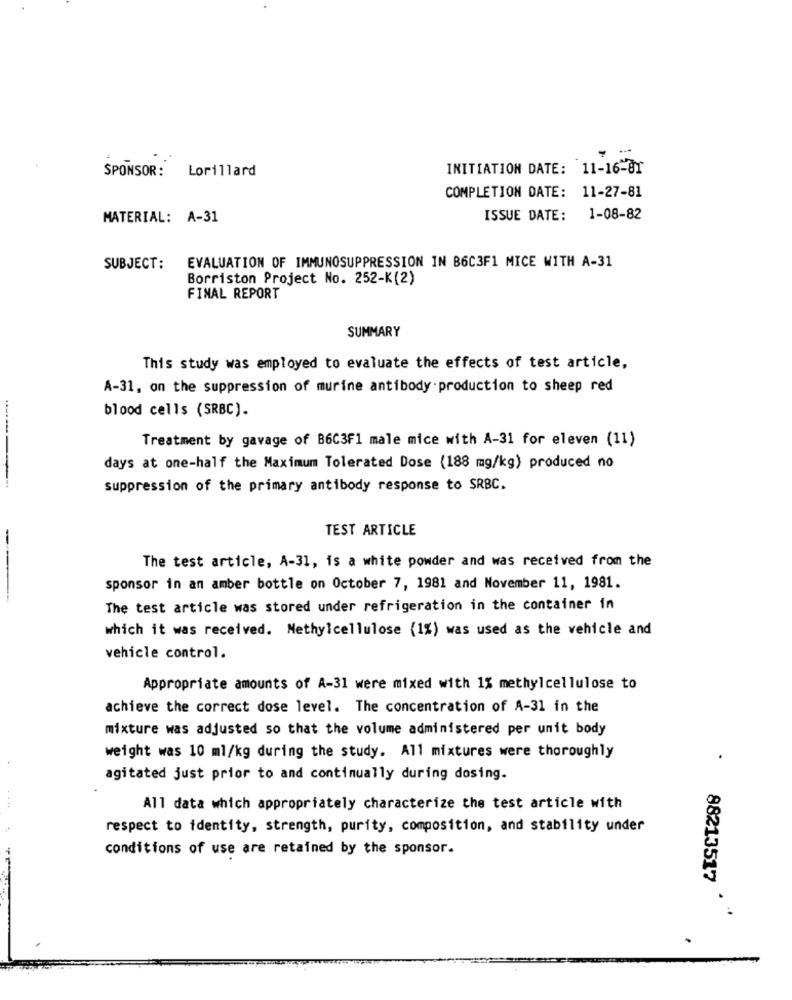
INITIATION DATE: 11-16-81
SPONSOR: Lorillard
COMPLETION DATE: 11-27-81
MATERIAL: A-31
ISSUE DATE: 1-08-82
SUBJECT:
EVALUATION OF IMMUNOSUPPRESSION IN B6C3F1 MICE WITH A-31
Borriston Project No. 252-K(2)
FINAL REPORT
SUMMARY
This study was employed to evaluate the effects of test article,
A-31, on the suppression of murine antibody production to sheep red
blood cells (SRBC).
Treatment by gavage of B6C3F1 male mice with A-31 for eleven (11)
days at one-half the Maximum Tolerated Dose (188 mg/kg) produced no
suppression of the primary antibody response to SRBC.
TEST ARTICLE
The test article, A-31, is a white powder and was received from the
sponsor in an amber bottle on October 7, 1981 and November 11, 1981.
The test article was stored under refrigeration in the container in
which it was received. Methylcellulose (1%) was used as the vehicle and
vehicle control.
Appropriate amounts of A-31 were mixed with 1% methylcellulose to
achieve the correct dose level. The concentration of A-31 in the
mixture was adjusted so that the volume administered per unit body
weight was 10 ml/kg during the study. All mixtures were thoroughly
agitated just prior to and continually during dosing.
All data which appropriately characterize the test article with
respect to identity, strength, purity, composition, and stability under
conditions of use are retained by the sponsor.
88213517
.